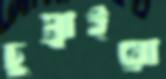
চুম্‌রাইয়ো